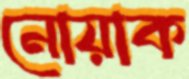
নোয়াক